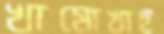
খামোখাই